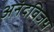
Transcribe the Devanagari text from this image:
अनंदविजय